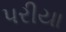
પરીયા